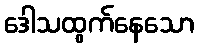
ဒေါသထွက်နေသော